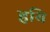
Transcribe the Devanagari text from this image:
हयि